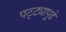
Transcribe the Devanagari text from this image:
पट्ट्यापुढे